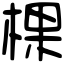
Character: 棵